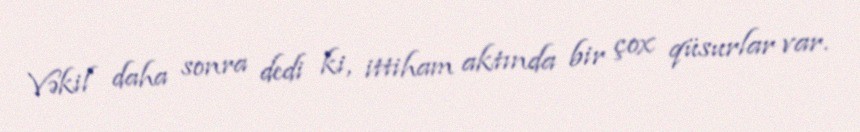
Vəkil daha sonra dedi ki, ittiham aktında bir çox qüsurlar var.